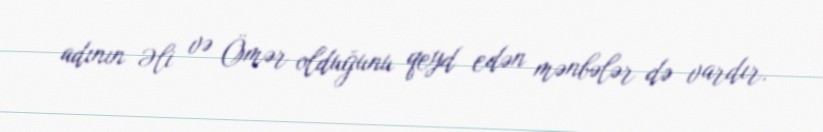
adının Əli və Ömər olduğunu qeyd edən mənbələr də vardır.